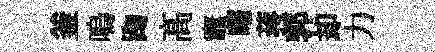
釜嗚踘髙竈曙蒋郭却力